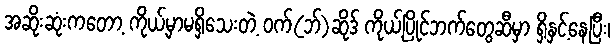
အဆိုးဆုံးကတော့ ကိုယ့်မှာမရှိသေးတဲ့ ဝက်(ဘ်)ဆိုဒ် ကိုယ့်ပြိုင်ဘက်တွေဆီမှာ ရှိနှင့်နေပြီး၊